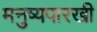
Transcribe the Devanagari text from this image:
मनुष्यपारखी